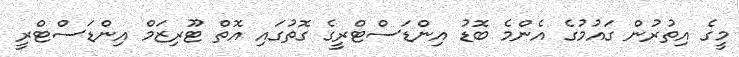
މީގެ އިތުރުން ގައުމުގެ އެންމެ ބޮޑު އިންޑަސްޓްރީގެ ގޮތުގައި އޮތް ޓޫރިޒަމް އިންޑަސްޓްރީ